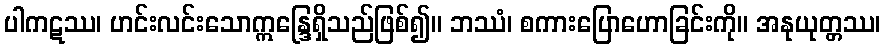
ပါကဋဿ၊ ဟင်းလင်းသောဣန္ဒြေရှိသည်ဖြစ်၍။ ဘဿံ၊ စကားပြောဟောခြင်းကို။ အနုယုတ္တဿ၊